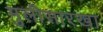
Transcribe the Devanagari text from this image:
मुलीसारखा